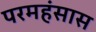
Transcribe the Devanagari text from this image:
परमहंसास